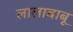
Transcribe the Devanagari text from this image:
लालाबाबू